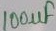
Text: 100µF